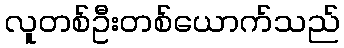
လူတစ်ဦးတစ်ယောက်သည်